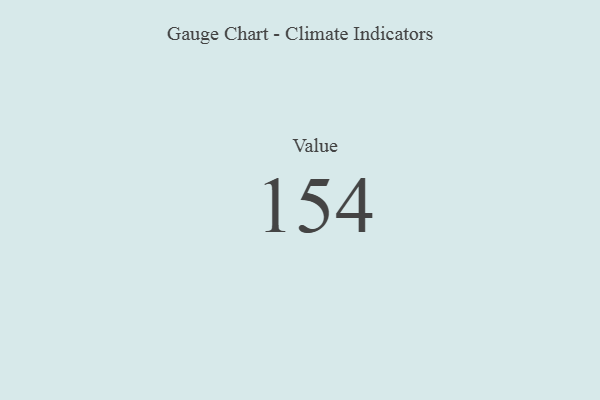
{"axis": {"x": "Metric", "y": "Value"}, "legend": [""], "data": [{"x": "Value", "y": 154, "type": ""}]}